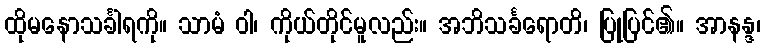
ထိုမနောသင်္ခါရကို။ သာမံ ဝါ၊ ကိုယ်တိုင်မူလည်း။ အဘိသင်္ခရောတိ၊ ပြုပြင်၏။ အာနန္ဒ၊